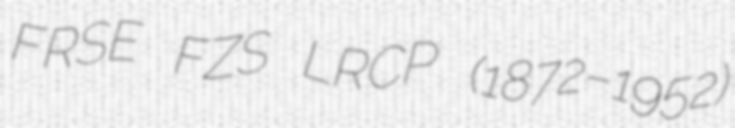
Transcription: FRSE FZS LRCP (1872–1952)